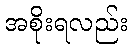
အစိုးရလည်း